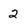
Character: 2